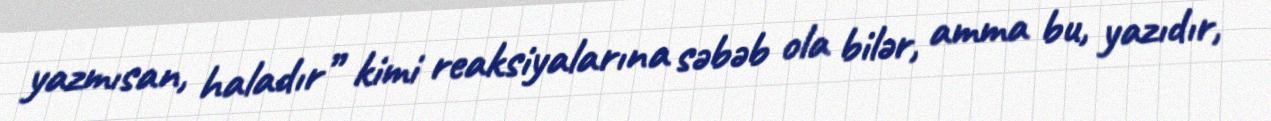
yazmısan, haladır” kimi reaksiyalarına səbəb ola bilər, amma bu, yazıdır,